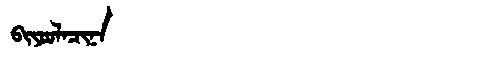
Manchu: ᠪᡳᠶᠣᠣᠯᠠᠴᡳᠨᠠ
Romanization: BIYOOLACINA